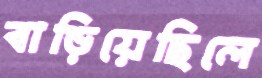
বাড়িয়েছিলে